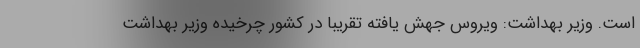
است. وزیر بهداشت: ویروس جهش یافته تقریبا در کشور چرخیده وزیر بهداشت